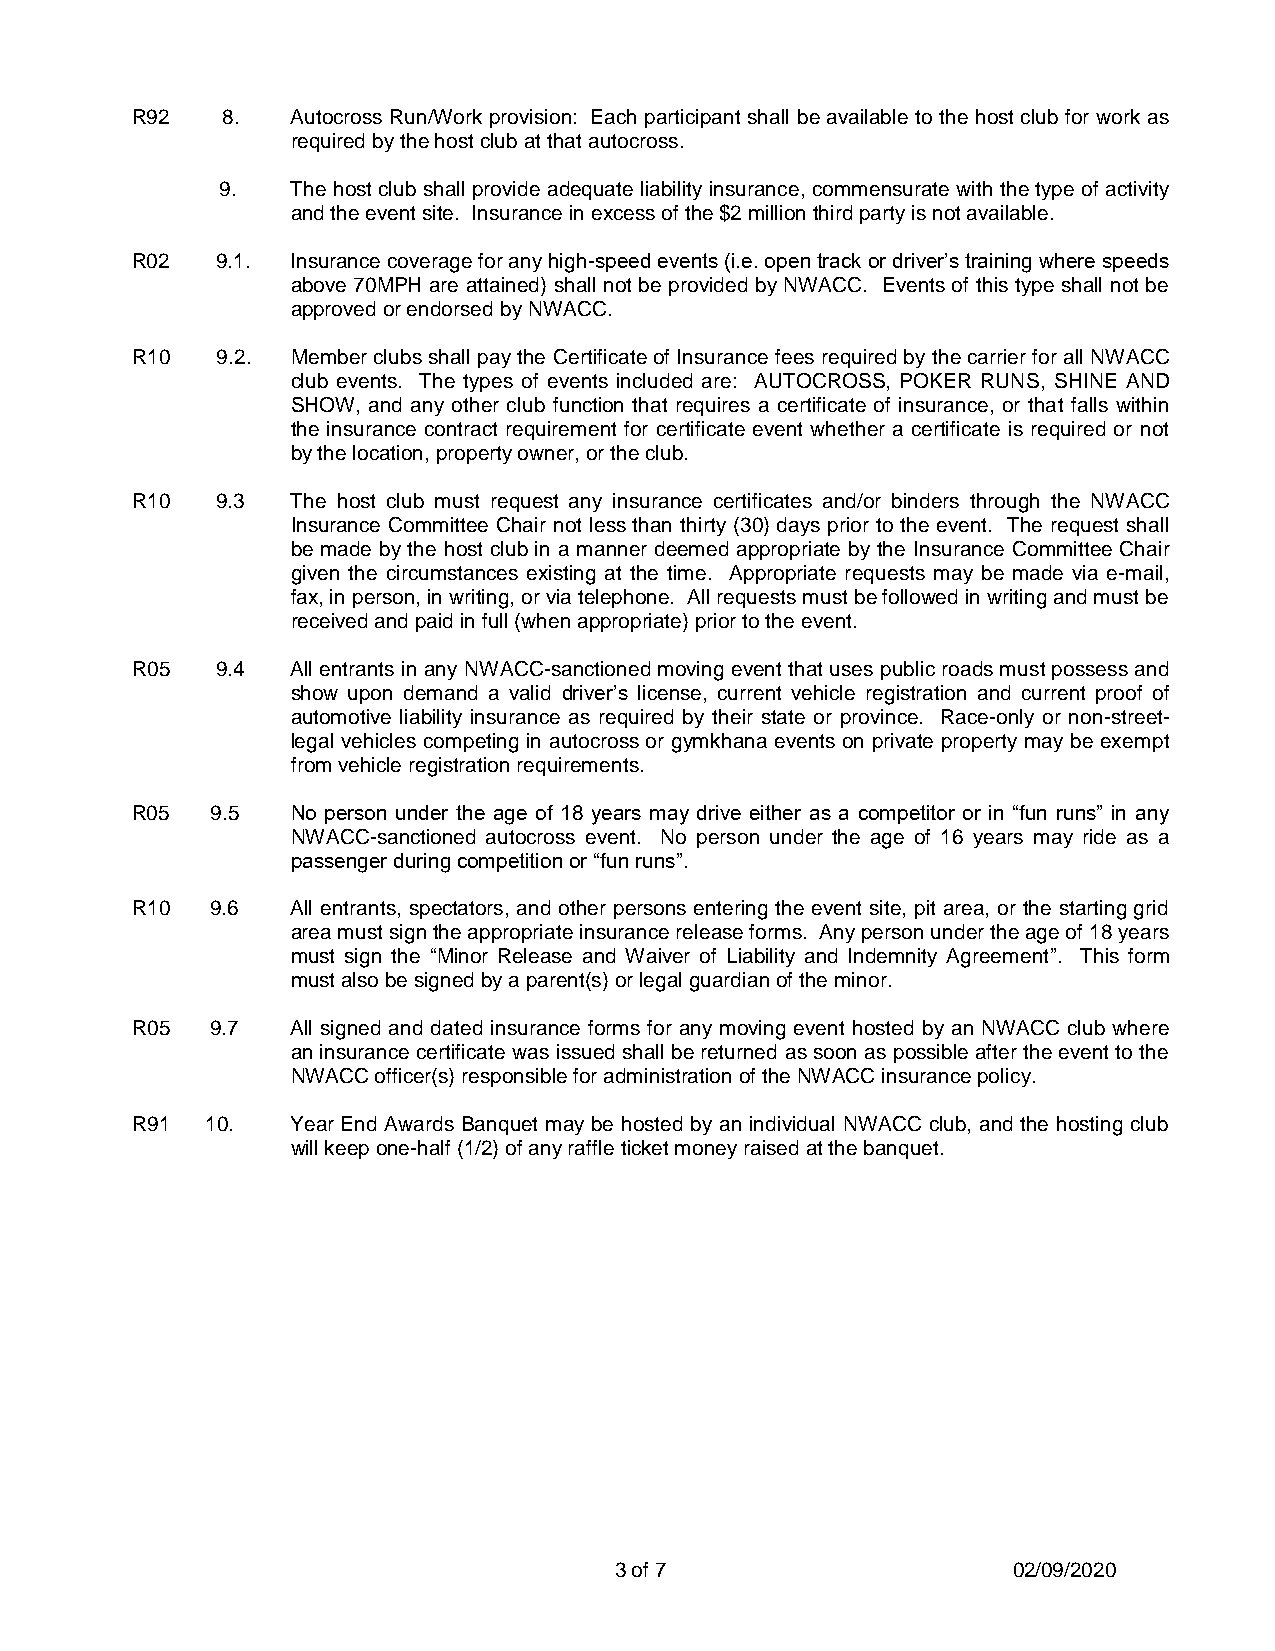
R92   8.  Autocross Run/Work provision: Each participant shall be available to the host club for work as
 required by the host club at that autocross.
 9.   The host club shall provide adequate liability insurance, commensurate with the type of activity
 and the event site. Insurance in excess of the $2 million third party is not available.
 R02  9.1. Insurance coverage for any high-speed events (i.e. open track or driver’s training where speeds
 above 70MPH are attained) shall not be provided by NWACC. Events of this type shall not be
 approved or endorsed by NWACC.
 R10  9.2. Member clubs shall pay the Certificate of Insurance fees required by the carrier for all NWACC
 club events. The types of events included are: AUTOCROSS, POKER RUNS, SHINE AND
 SHOW, and any other club function that requires a certificate of insurance, or that falls within
 the insurance contract requirement for certificate event whether a certificate is required or not
 by the location, property owner, or the club.
 R10  9.3  The host club must request any insurance certificates and/or binders through the NWACC
 Insurance Committee Chair not less than thirty (30) days prior to the event. The request shall
 be made by the host club in a manner deemed appropriate by the Insurance Committee Chair
 given the circumstances existing at the time. Appropriate requests may be made via e-mail,
 fax, in person, in writing, or via telephone. All requests must be followed in writing and must be
 received and paid in full (when appropriate) prior to the event.
 R05  9.4  All entrants in any NWACC-sanctioned moving event that uses public roads must possess and
 show upon demand a valid driver’s license, current vehicle registration and current proof of
 automotive liability insurance as required by their state or province. Race-only or non-street-
 legal vehicles competing in autocross or gymkhana events on private property may be exempt
 from vehicle registration requirements.
 R05  9.5  No person under the age of 18 years may drive either as a competitor or in “fun runs” in any
 NWACC-sanctioned autocross event. No person under the age of 16 years may ride as a
 passenger during competition or “fun runs”.
 R10  9.6  All entrants, spectators, and other persons entering the event site, pit area, or the starting grid
 area must sign the appropriate insurance release forms. Any person under the age of 18 years
 must sign the “Minor Release and Waiver of Liability and Indemnity Agreement”. This form
 must also be signed by a parent(s) or legal guardian of the minor.
 R05  9.7  All signed and dated insurance forms for any moving event hosted by an NWACC club where
 an insurance certificate was issued shall be returned as soon as possible after the event to the
 NWACC officer(s) responsible for administration of the NWACC insurance policy.
 R91  10.  Year End Awards Banquet may be hosted by an individual NWACC club, and the hosting club
 will keep one-half (1/2) of any raffle ticket money raised at the banquet.
 3 of 7                    02/09/2020